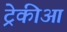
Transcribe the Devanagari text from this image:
ट्रेकीआ